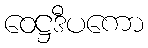
ဝေဋ္ဌဒီပကော